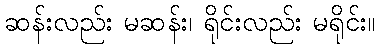
ဆန်းလည်း မဆန်း၊ ရိုင်းလည်း မရိုင်း။